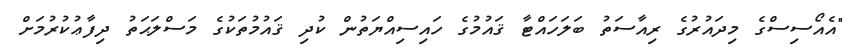
"އެއޯސިސްގެ މިދައުރުގެ ރިއާސަތު ބަލަހައްޓާ ޤައުމުގެ ހައިސިއްޔަތުން ކުދި ޤައުމުތަކުގެ މަސްލަޙަތު ދިފާޢުކުރުމަށް